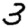
Digit: 3